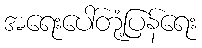
အရေးပေါ်တုံ့ပြန်ရေး